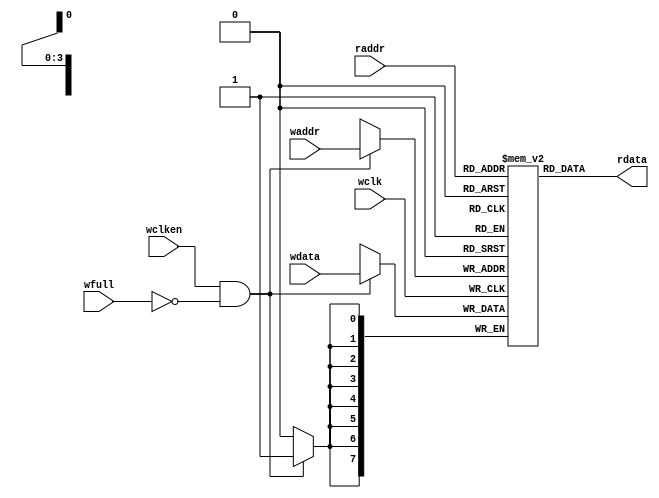
module fifomem #(
    parameter DATASIZE = 8, // Memory data word width
    parameter ADDRSIZE = 4  // Number of mem address bits
   )
   (
    output [DATASIZE-1:0] rdata,
    input [DATASIZE-1:0] wdata,
    input [ADDRSIZE-1:0] waddr, raddr,
    input wclken, wfull, wclk
   );

// RTL Verilog memory model
localparam DEPTH = 1<<ADDRSIZE;
reg [DATASIZE-1:0] mem [0:DEPTH-1];

assign rdata = mem[raddr];
always @(posedge wclk)
    if (wclken && !wfull) mem[waddr] <= wdata;

endmodule